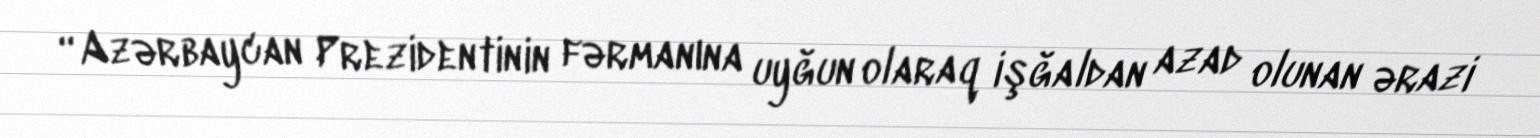
“Azərbaycan Prezidentinin fərmanına uyğun olaraq işğaldan azad olunan ərazi